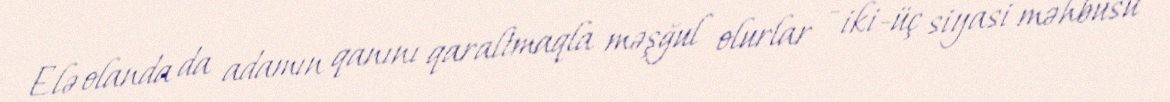
Elə olanda da adamın qanını qaraltmaqla məşğul olurlar - iki-üç siyasi məhbusu